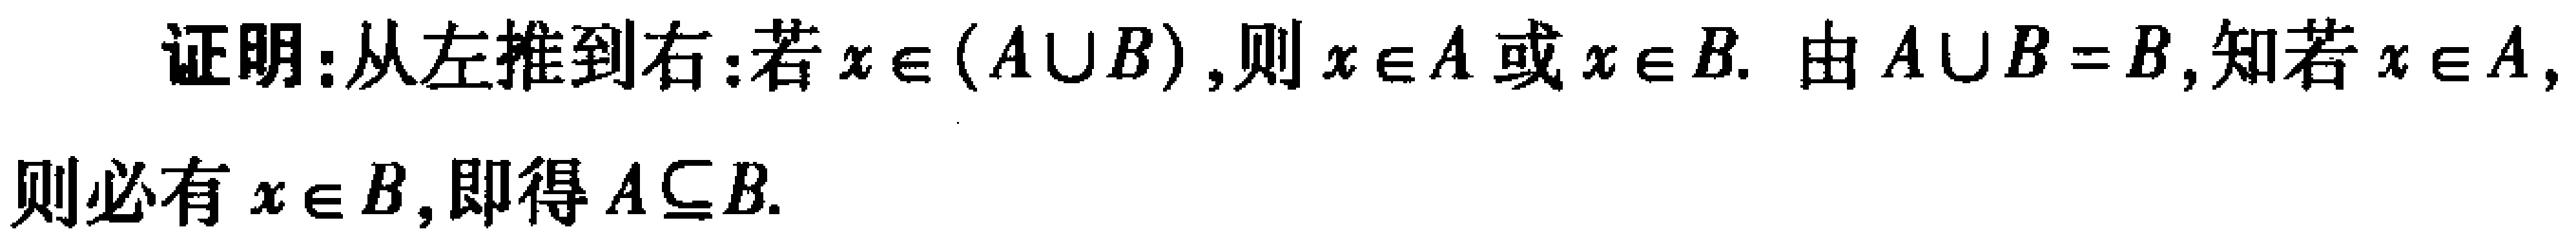
证明：从左推到右：若\(x\in(A\cup B)\)，则\(x\in A\)或\(x\in B\). 由\(A\cup B = B\)，知若\(x\in A\)，则必有\(x\in B\)，即得\(A\subseteq B\).